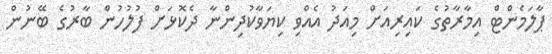
ޕާލަމެންޓް އިމާރާތުގެ ކައިރިއަށް މިއަދު އެއްވި ކިޔަވާކުދިންނާ ދެކޮޅަށް ފުލުހުން ބާރުގެ ބޭނުން